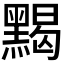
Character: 𪑦